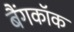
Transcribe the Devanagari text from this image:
बैंगकाॅक